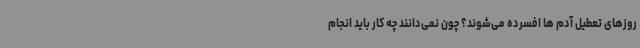
روزهای تعطیل آدم ها افسرده می‌شوند؟ چون نمی‌دانند چه کار باید انجام